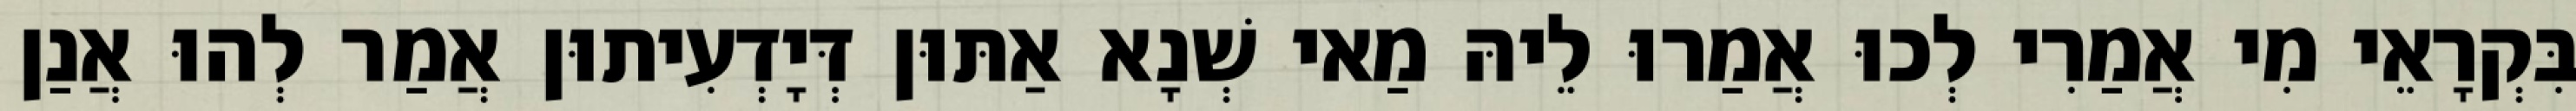
בִּקְרָאֵי מִי אֲמַרִי לְכוּ אֲמַרוּ לֵיהּ מַאי שְׁנָא אַתּוּן דְּיָדְעִיתוּן אֲמַר לְהוּ אֲנַן